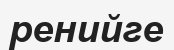
ренийге